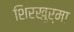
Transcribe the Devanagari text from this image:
शिरखुर्मा